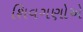
શિવગણોએ